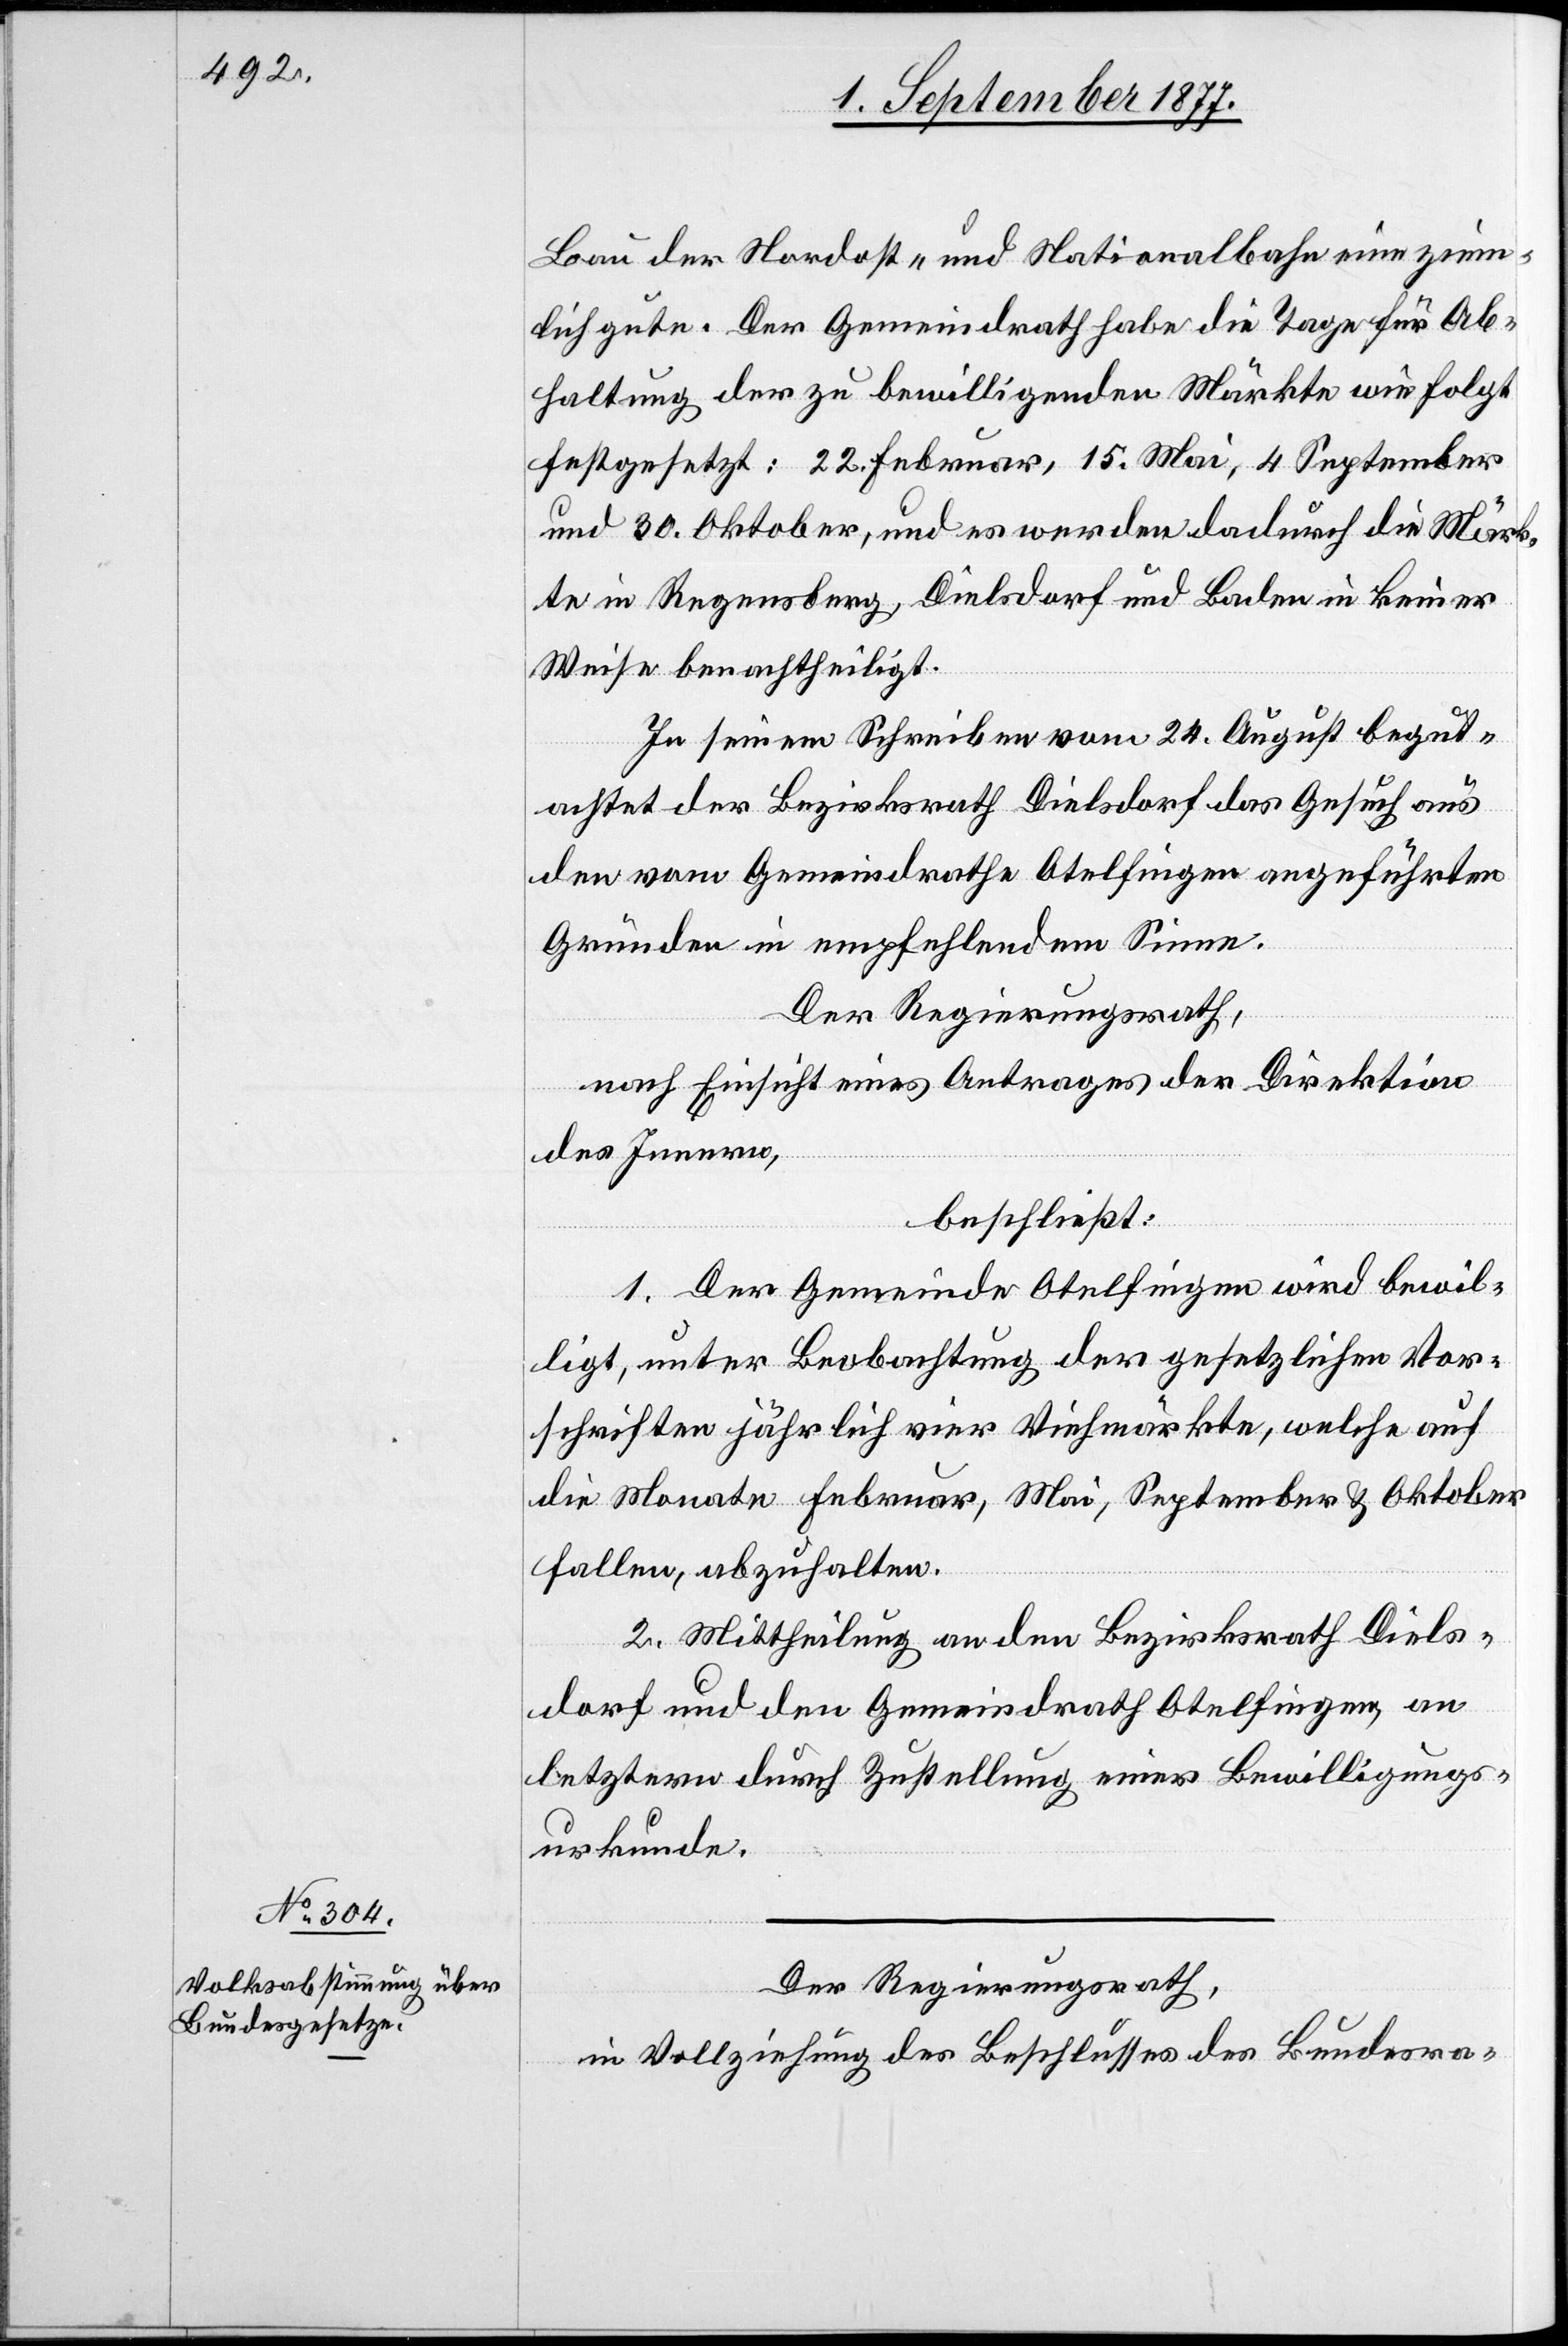
Bau der Nordost- und Nationalbahn eine ziem¬
lich gute. Der Gemeindrath habe die Tage für Ab¬
haltung der zu bewilligenden Märkte wie folgt
festgesetzt: 22. Februar, 15. Mai, 4 September
und 30. Oktober, und es werden dadurch die Märk¬
te in Regensberg, Dielsdorf und Baden in keiner
Weise benachtheiligt.
In seinem Schreiben vom 24. August begut¬
achtet der Bezirksrath Dielsdorf das Gesuch aus
den vom Gemeindrathe Otelfingen angeführten
Gründen in empfehlendem Sinne.
Der Regierungsrath,
nach Einsicht eines Antrages der Direktion
des Innern,
beschließt:
1. Der Gemeinde Otelfingen wird bewil¬
ligt, unter Beobachtung der gesetzlichen Vor¬
schriften jährlich vier Viehmärkte, welche auf
die Monate Februar, Mai, September & Oktober
fallen, abzuhalten.
2. Mittheilung an den Bezirksrath Diels¬
dorf und den Gemeindrath Otelfingen, an
letztern durch Zustellung einer Bewilligungs¬
urkunde.
Der Regierungsrath,
in Vollziehung des Beschlusses des Bundesra-